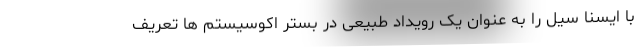
با ایسنا سیل را به عنوان یک رویداد طبیعی در بستر اکوسیستم ها تعریف